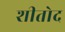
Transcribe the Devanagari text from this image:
शीतोद